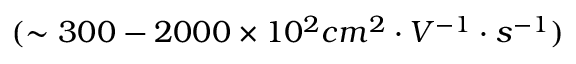
( \sim 3 0 0 - 2 0 0 0 \times 1 0 ^ { 2 } c m ^ { 2 } \cdot V ^ { - 1 } \cdot s ^ { - 1 } )